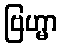
ဗြဟ္မာ